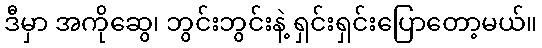
ဒီမှာ အကိုဆွေ၊ ဘွင်းဘွင်းနဲ့ ရှင်းရှင်းပြောတော့မယ်။